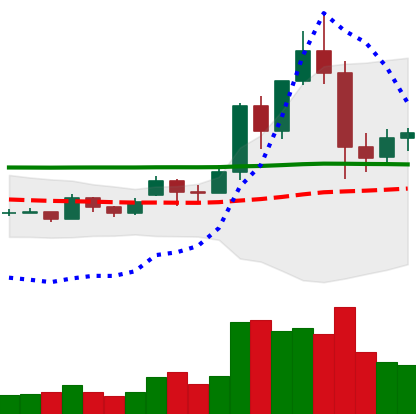
Ticker: EOS-USD
Chart end date: 2020-11-29
Forward return: -5.833%
Label: down_5_7